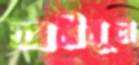
শামীমূল